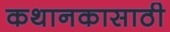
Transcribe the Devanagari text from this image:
कथानकासाठी